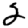
Digit: 2